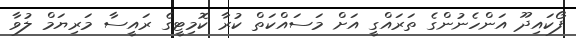
ފޯކައިދޫ އަންހެނުންގެ ތަރައްގީ އަށް މަސައްކަތް ކުރާ ކޮމިޓީގެ ރައީސާ މަރިޔަމް ލުވާ